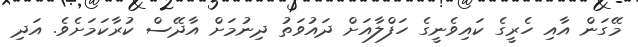
މޭގަން އާއި ހެރީގެ ކައިވެނީގެ ހަފްލާއަށް ދައުވަތު ދިނުމަށް އާދޭސް ކުރާކަމަށެވެ. އަދި